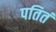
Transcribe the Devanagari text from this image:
पतितं